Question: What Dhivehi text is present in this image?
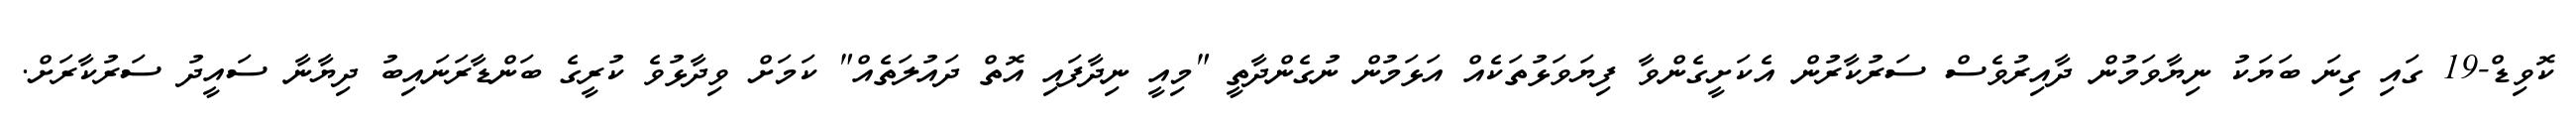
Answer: ކޮވިޑް-19 ގައި ގިނަ ބަޔަކު ނިޔާވަމުން ދާއިރުވެސް ސަރުކާރުން އެކަށީގެންވާ ފިޔަވަޅުތަކެއް އަޅަމުން ނުގެންދާތީ "މިއީ ނިދާފައި އޮތް ދައުލަތެއް" ކަމަށް ވިދާޅުވެ ކުރީގެ ބަންޑާރަނައިބު ދިޔާނާ ސައީދު ސަރުކާރަށް.